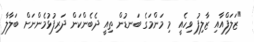
"ޒަލަފްއާއި ޒާލިފު ވިހެއީ މި މަންމަގެ ބަނޑުން ތިއީ ދެބެންކަން ދަރިފުޅުމެންނަށް ބަލާލާ